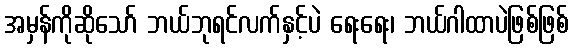
အမှန်ကိုဆိုသော် ဘယ်ဘုရင်လက်နှင့်ပဲ ရေးရေး၊ ဘယ်ဂါထာပဲဖြစ်ဖြစ်